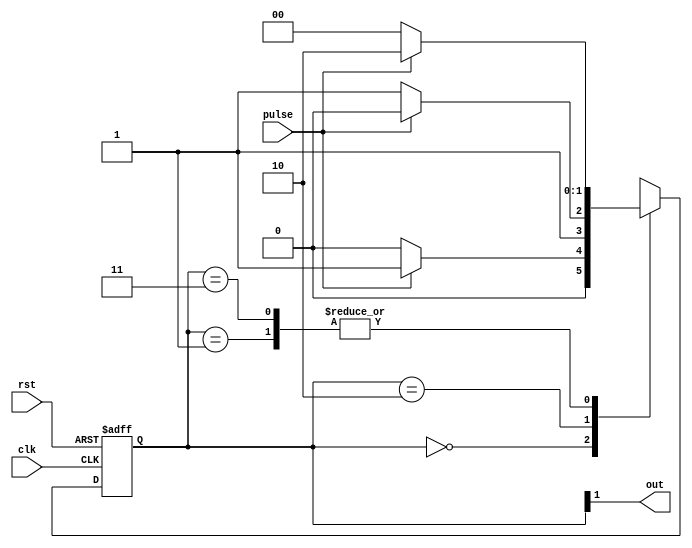
`timescale 1ns/1ns

module noise(input clk, pulse, rst, output reg out);
	parameter [1:0] waitforone = 2'b00, noisecheckone = 2'b01, stableone = 2'b10, noisecheckzero = 2'b11;
	reg [1:0] ps, ns;
	
	always@(ps, pulse) begin
		ns = 2'b00;
		case (ps)
			waitforone: begin ns = pulse ? noisecheckone : waitforone; end
			noisecheckone: begin ns = pulse ? stableone : waitforone; end
			stableone: begin ns = pulse ? stableone : noisecheckzero; end
			noisecheckzero: begin ns = pulse ? stableone : waitforone; end
		endcase

	end
	always @(ps) begin
		out = ps[1];
	end
	always @(posedge clk, posedge rst) begin
		if(rst)
			ps = 2'b00;
		else
			ps = ns;
	end
	
endmodule